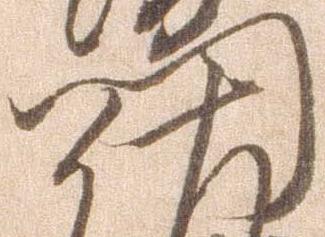
門